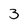
Character: 3